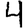
Digit: 4